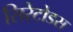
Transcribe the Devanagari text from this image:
सिरेटोडस